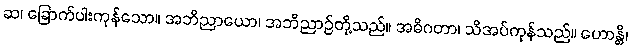
ဆ၊ ခြောက်ပါးကုန်သော။ အဘိညာယော၊ အဘိညာဉ်တို့သည်။ အဓိဂတာ၊ သိအပ်ကုန်သည်။ ဟောန္တိ၊